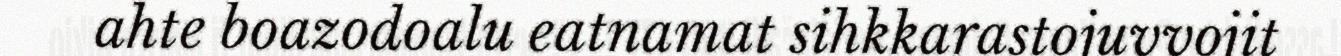
ahte boazodoalu eatnamat sihkkarastojuvvojit